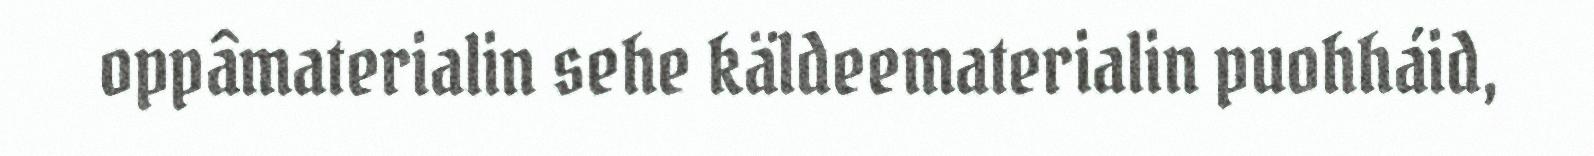
oppâmaterialin sehe käldeematerialin puohháid,